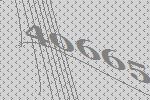
40665